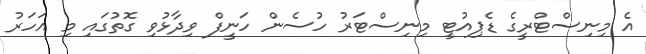
އެ މިނިސްޓްރީގެ ޑެޕިއުޓީ މިނިސްޓަރު ހުސެން ހަނީފް ވިދާޅުވި ގޮތުގައި މި އަހަރު